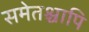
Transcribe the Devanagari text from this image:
समेतश्चापि